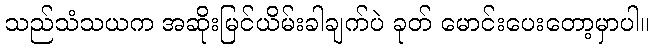
သည်သံသယက အဆိုးမြင်ယိမ်းခါချက်ပဲ ခုတ် မောင်းပေးတော့မှာပါ။